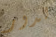
لدور